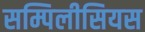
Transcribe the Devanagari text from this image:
सम्पिलीसियस